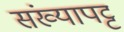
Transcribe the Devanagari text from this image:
संख्यापट्ट